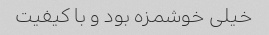
خیلی خوشمزه بود و با کیفیت